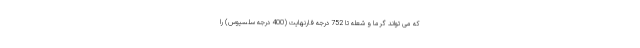
که می تواند گرما و شعله تا 752 درجه فارنهایت (400 درجه سلسیوس) را